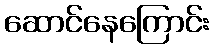
ဆောင်နေကြောင်း